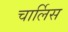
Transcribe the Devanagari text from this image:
चार्लिस